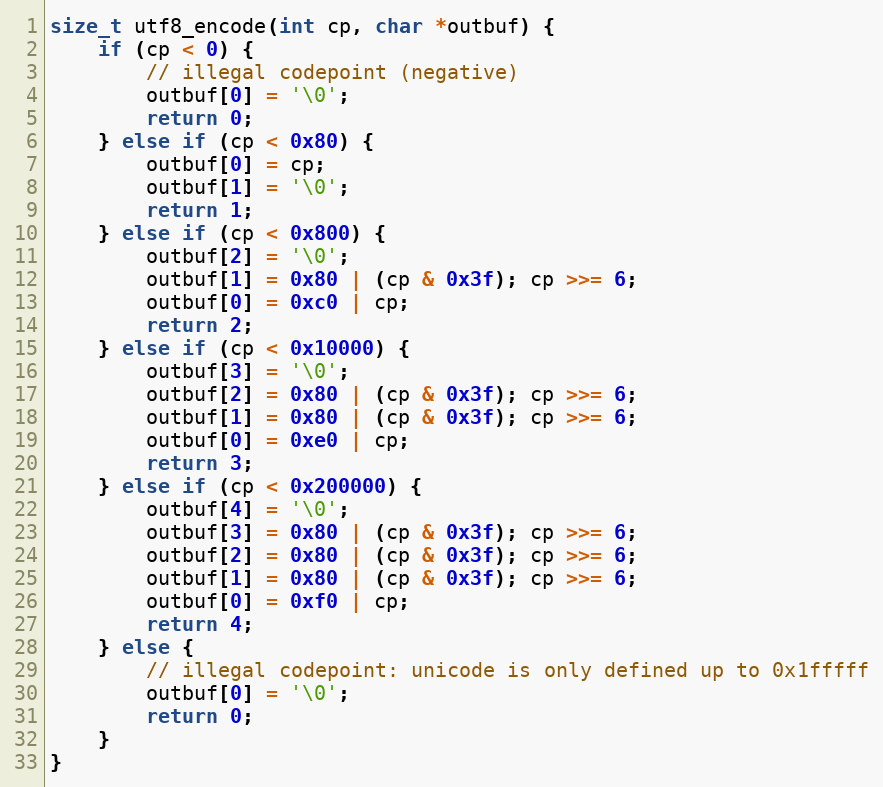
Language: C++
size_t utf8_encode(int cp, char *outbuf) {
	if (cp < 0) {
		// illegal codepoint (negative)
		outbuf[0] = '\0';
		return 0;
	} else if (cp < 0x80) {
		outbuf[0] = cp;
		outbuf[1] = '\0';
		return 1;
	} else if (cp < 0x800) {
		outbuf[2] = '\0';
		outbuf[1] = 0x80 | (cp & 0x3f); cp >>= 6;
		outbuf[0] = 0xc0 | cp;
		return 2;
	} else if (cp < 0x10000) {
		outbuf[3] = '\0';
		outbuf[2] = 0x80 | (cp & 0x3f); cp >>= 6;
		outbuf[1] = 0x80 | (cp & 0x3f); cp >>= 6;
		outbuf[0] = 0xe0 | cp;
		return 3;
	} else if (cp < 0x200000) {
		outbuf[4] = '\0';
		outbuf[3] = 0x80 | (cp & 0x3f); cp >>= 6;
		outbuf[2] = 0x80 | (cp & 0x3f); cp >>= 6;
		outbuf[1] = 0x80 | (cp & 0x3f); cp >>= 6;
		outbuf[0] = 0xf0 | cp;
		return 4;
	} else {
		// illegal codepoint: unicode is only defined up to 0x1fffff
		outbuf[0] = '\0';
		return 0;
	}
}